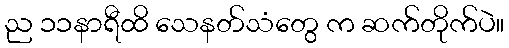
ည ၁၁နာရီထိ သေနတ်သံတွေ က ဆက်တိုက်ပဲ။